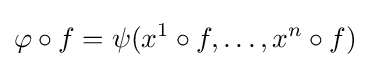
\varphi \circ f=\psi (x^{1}\circ f,\dots ,x^{n}\circ f)